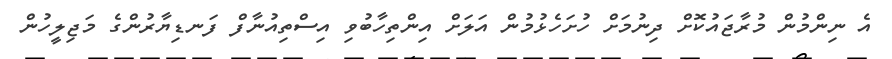
އެ ނިންމުން މުރާޖައުކޮށް ދިނުމަށް ހުށަހެޅުމުން އަލަށް އިންތިހާބުވި އިސްތިއުނާފް ފަނޑިޔާރުންގެ މަޖިލީހުން